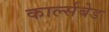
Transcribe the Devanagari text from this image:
कार्ल्सबेड